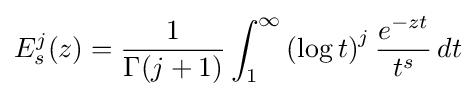
E_{s}^{j}(z)={\frac {1}{\Gamma (j+1)}}\int _{1}^{\infty }\left(\log t\right)^{j}{\frac {e^{-zt}}{t^{s}}}\,dt